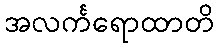
အလင်္ကရောထာတိ